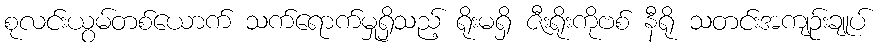
စုလင်းယွမ်တစ်ယောက် သက်ရောက်မှုရှိသည့် ရိုးမရှိ ဇီးရိုးကိုဗစ် နီရို သတင်းအကျဉ်းချုပ်